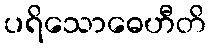
ပရိသောဓေဟီတိ